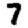
Digit: 7